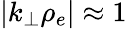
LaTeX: |k_{\perp}\rho_{e}|\approx 1